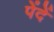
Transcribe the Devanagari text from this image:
पेंदें